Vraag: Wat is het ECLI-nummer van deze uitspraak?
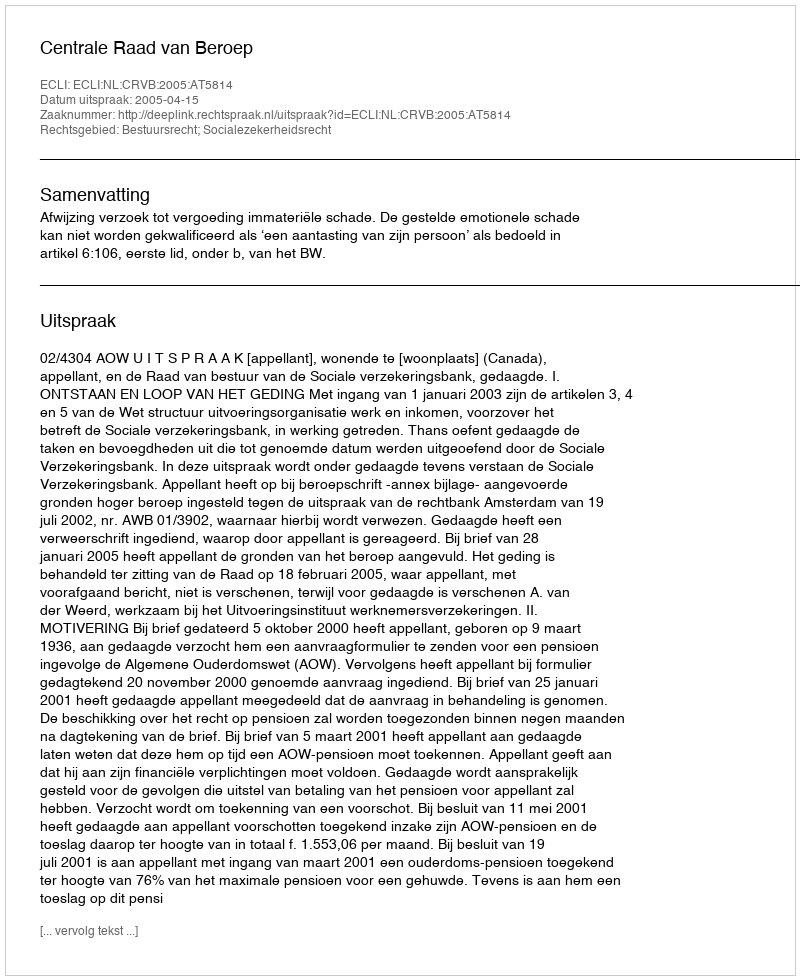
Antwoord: ECLI:NL:CRVB:2005:AT5814